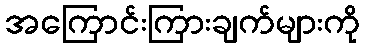
အကြောင်းကြားချက်များကို